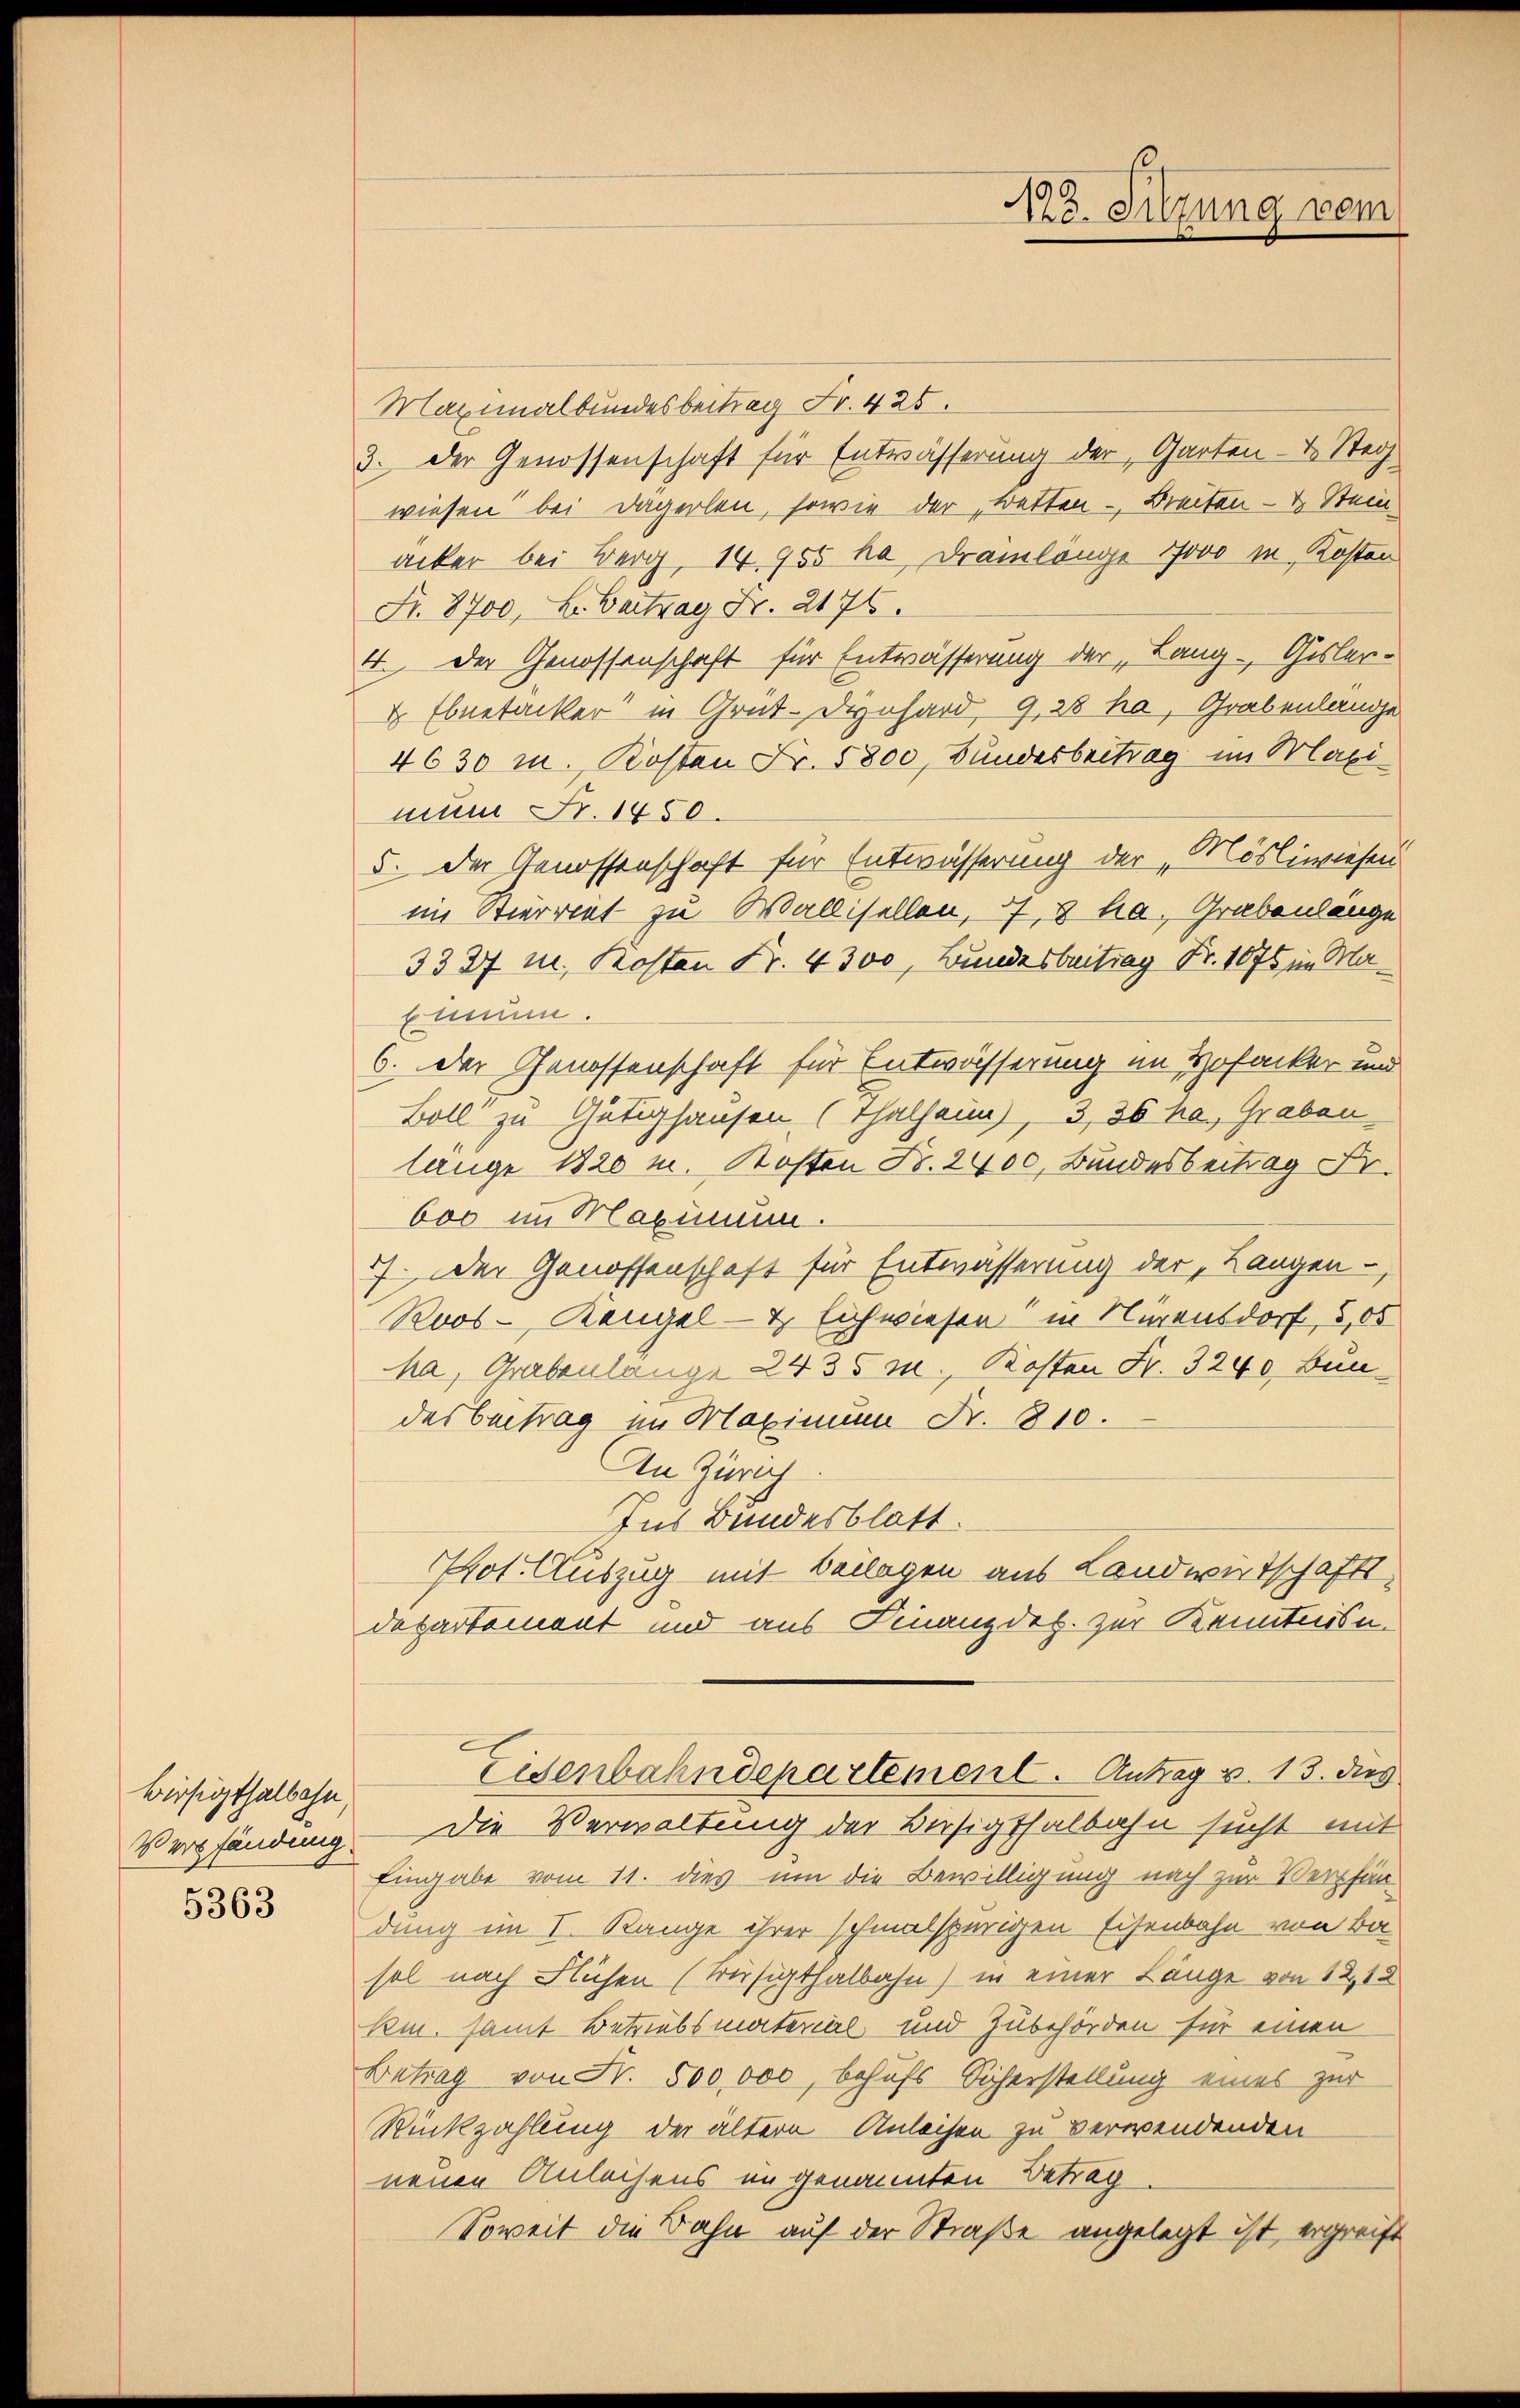
Bisigthalbahn,
Verpfändung
5363

Mo. Sitzung vom

Maximalbundesbeitrag Fr. 425.
3. Der Genossenschaft für Entwässerung der Garten- & Steg
wiesen bei Dägerlen, sowie der Betten - Breiten- & Stein
acker bei Berg, 14. 755 ha Dramlange 1000 in Kosten
Fr. 8700, L. Beitrag Fr. 2176.
4. Der Genossenschaft für Entwässerung der Lang-Gisler-
 Ebnetacker in Grat-Dynhard, 9, 28 ha, Grabenlange
4630 m. Kosten Fr. 5800, Bundesbeitrag im Maximum Fr. 1450.
5. Der Genossenschaft für Entwässerung der „Mösliwiesen
im Stierrent zu Wallisellen, of, 3 ha. Grabenlange
3327 u. Kosten Fr. 4300, Bundesbeitrag Fr. 1075 im Mabinum.
6. Der Genossenschaft für Entwässerung im Hofacker und
Boll zu Gütighausen (Thalheim), 3,36 ha, Graben
lange 1820 m. Kosten Fr. 2400, Bundesbeitrag Fr.
600 im Maximum.
77. Der Genossenschaft für Entwässerung der „Langen,
Roos-Kangel- & Eichwiesen in Nürensdorf, 5,00
ha, Grabenlange 2435 m., Kosten Fr. 3240, Bundesbeitrag im Maximum Fr. 810.
An Zürich
Ins Bundesblatt.
Pot. Auszug mit Beilagen aus Landwirtschaft,
departemont und aus Finanzdep. zur Kenntnisn
Eisenbahndepartement. Antrag v. 13. dies
Die Verwaltung der Bersinthalbahn sucht mit
Eingabe vom 11. dies um die Bewilligung nach zur Verpfändung im I. Range ihrer schmalspurigen Eisenbahn von Ba
sol nach Flüchen (Meisigthalbahn) in einer Länge von 12, 12
Ki. samt Betriebsterial und Zubehörden für einen
Betrag von Fr. 500,000, behufs Sicherstellung eines zur
Rückzahlung der ältern Anleihen zu verwendenden
neuen Anleihens in genannten Betrag
Soweit die Bahn auf der Straße angelegt ist, ergreift